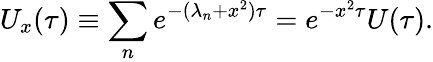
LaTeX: U_{x}(\tau)\equiv\sum_{n}e^{-(\lambda_{n}+x^{2})\tau}=e^{-x^{2}\tau}U(\tau).